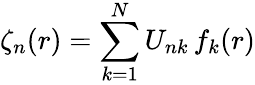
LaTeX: \zeta_{n}(r)=\sum_{k=1}^{N}U_{nk}\, f_{k}(r)